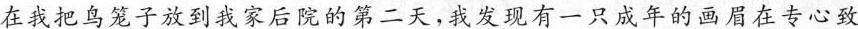
在我把鸟笼子放到我家后院的第二天，我发现有一只成年的画眉在专心致